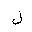
Letter: _lam